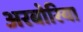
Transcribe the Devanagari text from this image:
अरबोरिया